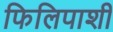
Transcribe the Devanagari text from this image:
फिलिपाशी